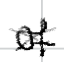
Text: of
Cross-out: cross
Writing tool: digital_black